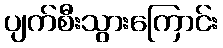
ပျက်စီးသွားကြောင်း